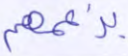
بزعمهم